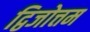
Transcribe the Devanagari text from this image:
द्विजोत्तम